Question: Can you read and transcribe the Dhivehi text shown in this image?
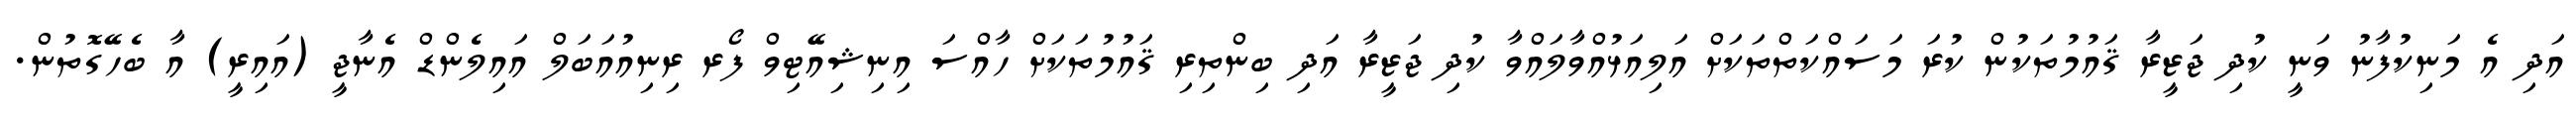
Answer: އަދި އެ މަނިކުފާނު ވަނީ ކުދި ޖަޒީރާ ޤައުމުތަކުން ކުރަ މަސައްކަތްތަކަށް އަލިއަޅުއްވާލައްވާ ކުދި ޖަޒީރާ އަދި ބިންތިރި ޤައުމުތަކަށް ހާއްސަ އިނިޝިއޭޓިވް ފޯރ ރިނިއުއަބަލް އައިލެންޑް އެނާޖީ (އައިރީ) އާ ބެހޭގޮތުން.